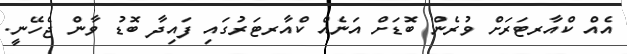
އެއް ކްއާރޓަރަށް ވުރެން ބޮޑަށް އަނެއް ކްއާރޓަރުގައި ފައިދާ ބޮޑު ވާން ޖެހޭނީ.